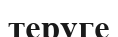
теруге